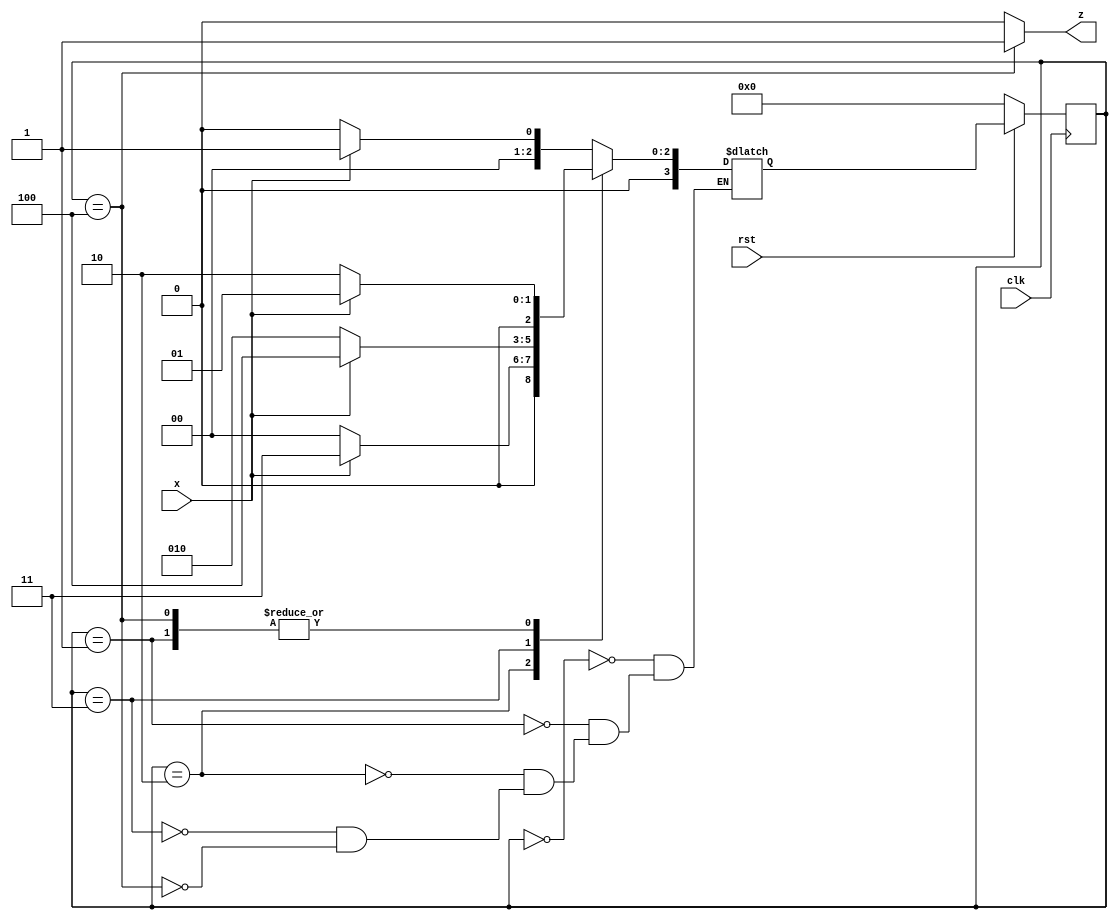
module Moore_Fsm(
    input clk,
    input rst,
    input x,
    output z
    );
    parameter s0=3'b000;
    parameter s1=3'b001;
    parameter s2=3'b010;
    parameter s3=3'b011;
    parameter s4=3'b100;
    
     reg [3:0]pst_state,nst_state;
     always@(posedge clk)
     begin
     if(!rst)
     pst_state<=s0;
     else
     pst_state<=nst_state;
     end
     always@(pst_state or x)
     begin
     case(pst_state)
     s0:begin
     if(x==0)
     nst_state=s0;
     else
     nst_state=s1;
     end
     s1:begin
     if(x==0)
     nst_state=s2;
     else
     nst_state=s1;
     end
     s2:begin
     if(x==0)
     nst_state=s0;
     else
     nst_state=s3;
     end
     s3:begin
     if(x==0)
     nst_state=s2;
     else
     nst_state=s4;
     end
     s4:begin
     if(x==0)
     nst_state=s2;
     else
     nst_state=s1;
     end
     endcase
     end
     assign z=(pst_state ==s4)?1:0;
endmodule